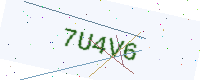
Text: 7U4V6